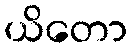
ယိတော